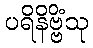
ပရိနိဗ္ဗိံသု